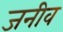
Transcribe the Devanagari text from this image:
जनीव